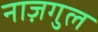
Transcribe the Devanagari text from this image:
नाज़गुल